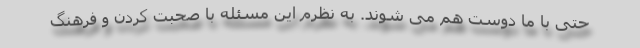
حتی با ما دوست هم می شوند. به نظرم این مسئله با صحبت کردن و فرهنگ